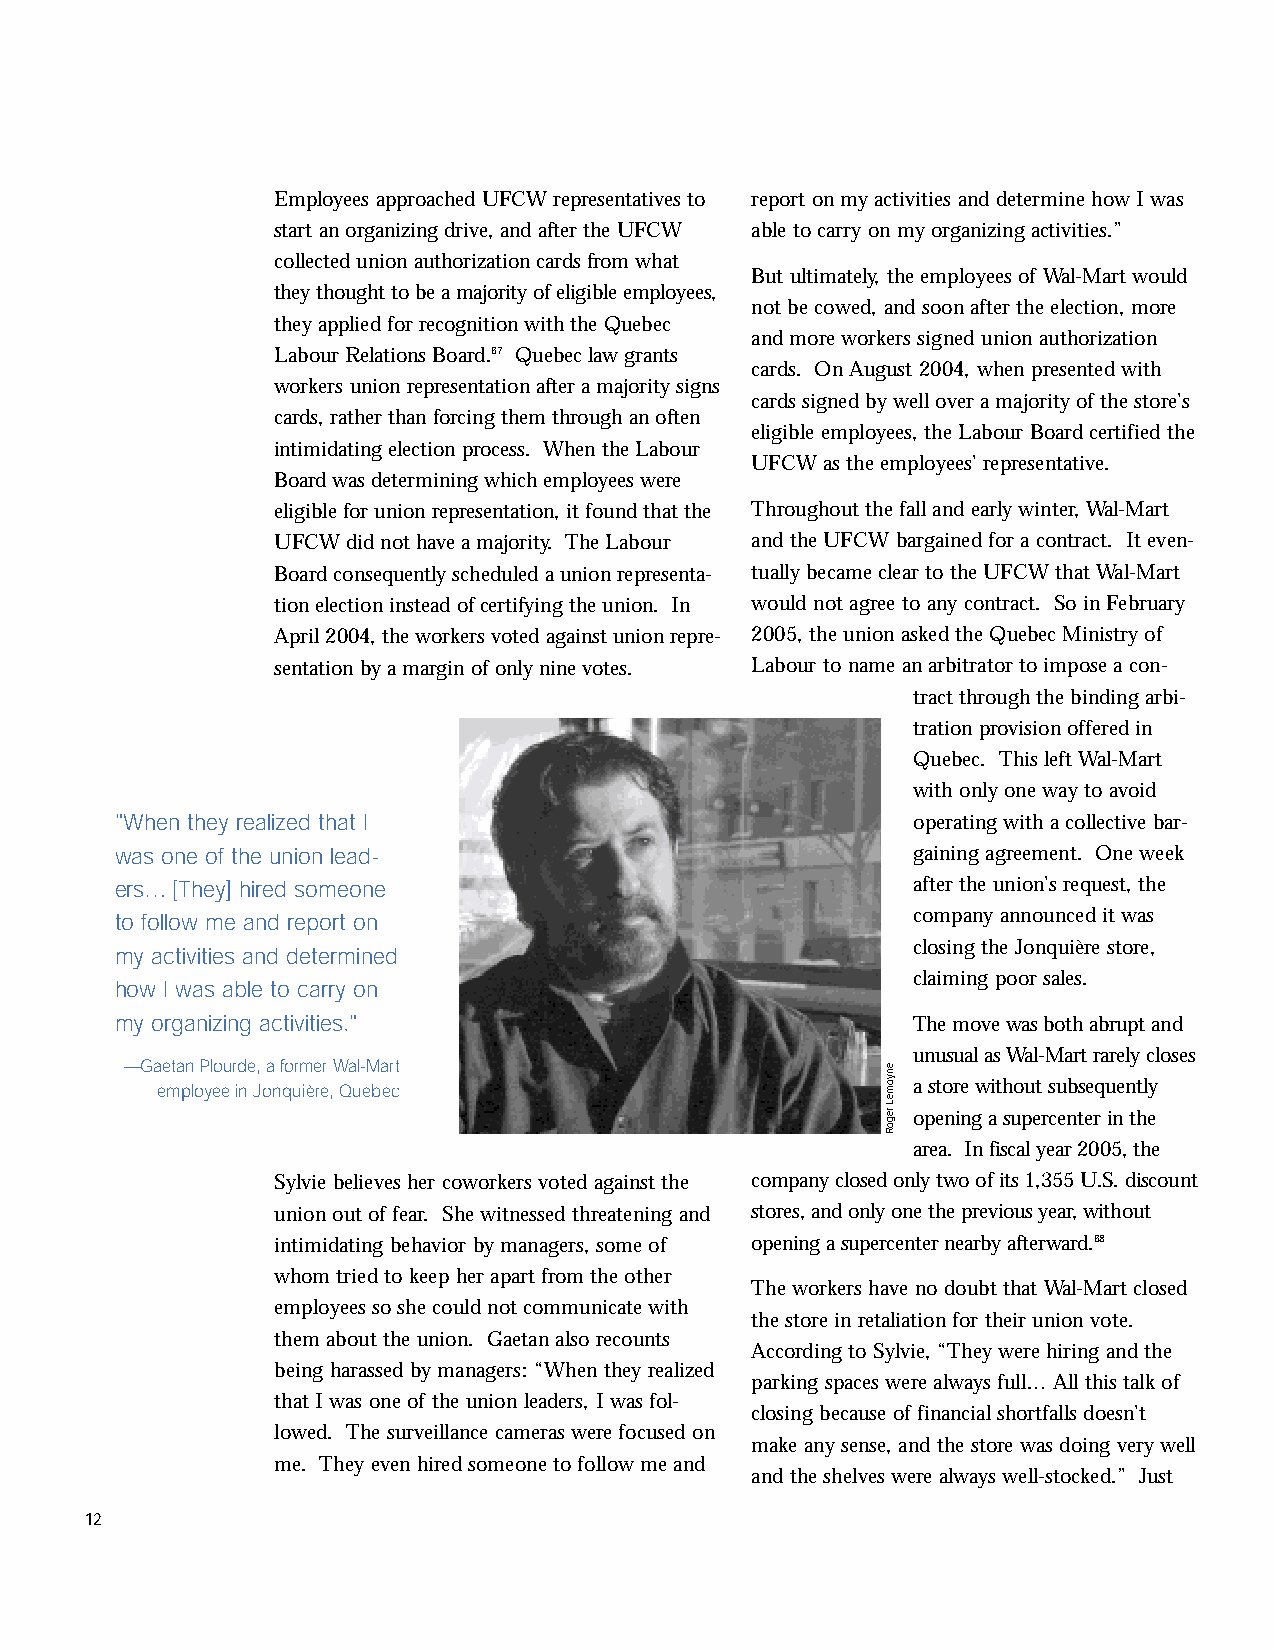
inside2.qxd 11/8/2005 11:17 AM Page 12
 Employees approached UFCW representatives to report on my activities and determine how I was
 start an organizing drive, and after the UFCW able to carry on my organizing activities.”
 collected union authorization cards from what
 But ultimately, the employees of Wal-Mart would
 they thought to be a majority of eligible employees,
 not be cowed, and soon after the election, more
 they applied for recognition with the Quebec
 and more workers signed union authorization
 Labour Relations Board.67 Quebec law grants
 cards. On August 2004, when presented with
 workers union representation after a majority signs
 cards signed by well over a majority of the store’s
 cards, rather than forcing them through an often
 eligible employees, the Labour Board certified the
 intimidating election process. When the Labour
 UFCW as the employees’ representative.
 Board was determining which employees were
 eligible for union representation, it found that the Throughout the fall and early winter, Wal-Mart
 UFCW did not have a majority. The Labour and the UFCW bargained for a contract. It even-
 Board consequently scheduled a union representa- tually became clear to the UFCW that Wal-Mart
 tion election instead of certifying the union. In would not agree to any contract. So in February
 April 2004, the workers voted against union repre- 2005, the union asked the Quebec Ministry of
 sentation by a margin of only nine votes. Labour to name an arbitrator to impose a con-
 tract through the binding arbi-
 tration provision offered in
 Quebec. This left Wal-Mart
 with only one way to avoid
 "When they realized that I                           operating with a collective bar-
 was one of the union lead-                           gaining agreement. One week
 ers…[They] hired someone                             after the union’s request, the
 to follow me and report on                           company announced it was
 closing the Jonquière store,
 my activities and determined
 claiming poor sales.
 how I was able to carry on
 my organizing activities."                           The move was both abrupt and
 unusual as Wal-Mart rarely closes
 —Gaetan Plourde, a former Wal-Mart
 employee in Jonquière, Quebec                     a store without subsequently
 opening a supercenter in the
 area. In fiscal year 2005, the
 Sylvie believes her coworkers voted against the company closed only two of its 1,355 U.S. discount
 union out of fear. She witnessed threatening and stores, and only one the previous year, without
 intimidating behavior by managers, some of opening a supercenter nearby afterward.68
 whom tried to keep her apart from the other
 The workers have no doubt that Wal-Mart closed
 employees so she could not communicate with
 the store in retaliation for their union vote.
 them about the union. Gaetan also recounts
 According to Sylvie, “They were hiring and the
 being harassed by managers: “When they realized
 parking spaces were always full… All this talk of
 that I was one of the union leaders, I was fol-
 closing because of financial shortfalls doesn’t
 lowed. The surveillance cameras were focused on
 make any sense, and the store was doing very well
 me. They even hired someone to follow me and
 and the shelves were always well-stocked.” Just
 12
 enyomeL
 regoR